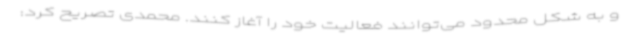
و به شکل محدود می‌توانند فعالیت خود را آغاز کنند. محمدی تصریح کرد: